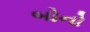
બોનો